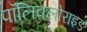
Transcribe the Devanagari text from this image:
पॉलिक्लोराइड